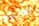
الاثنان